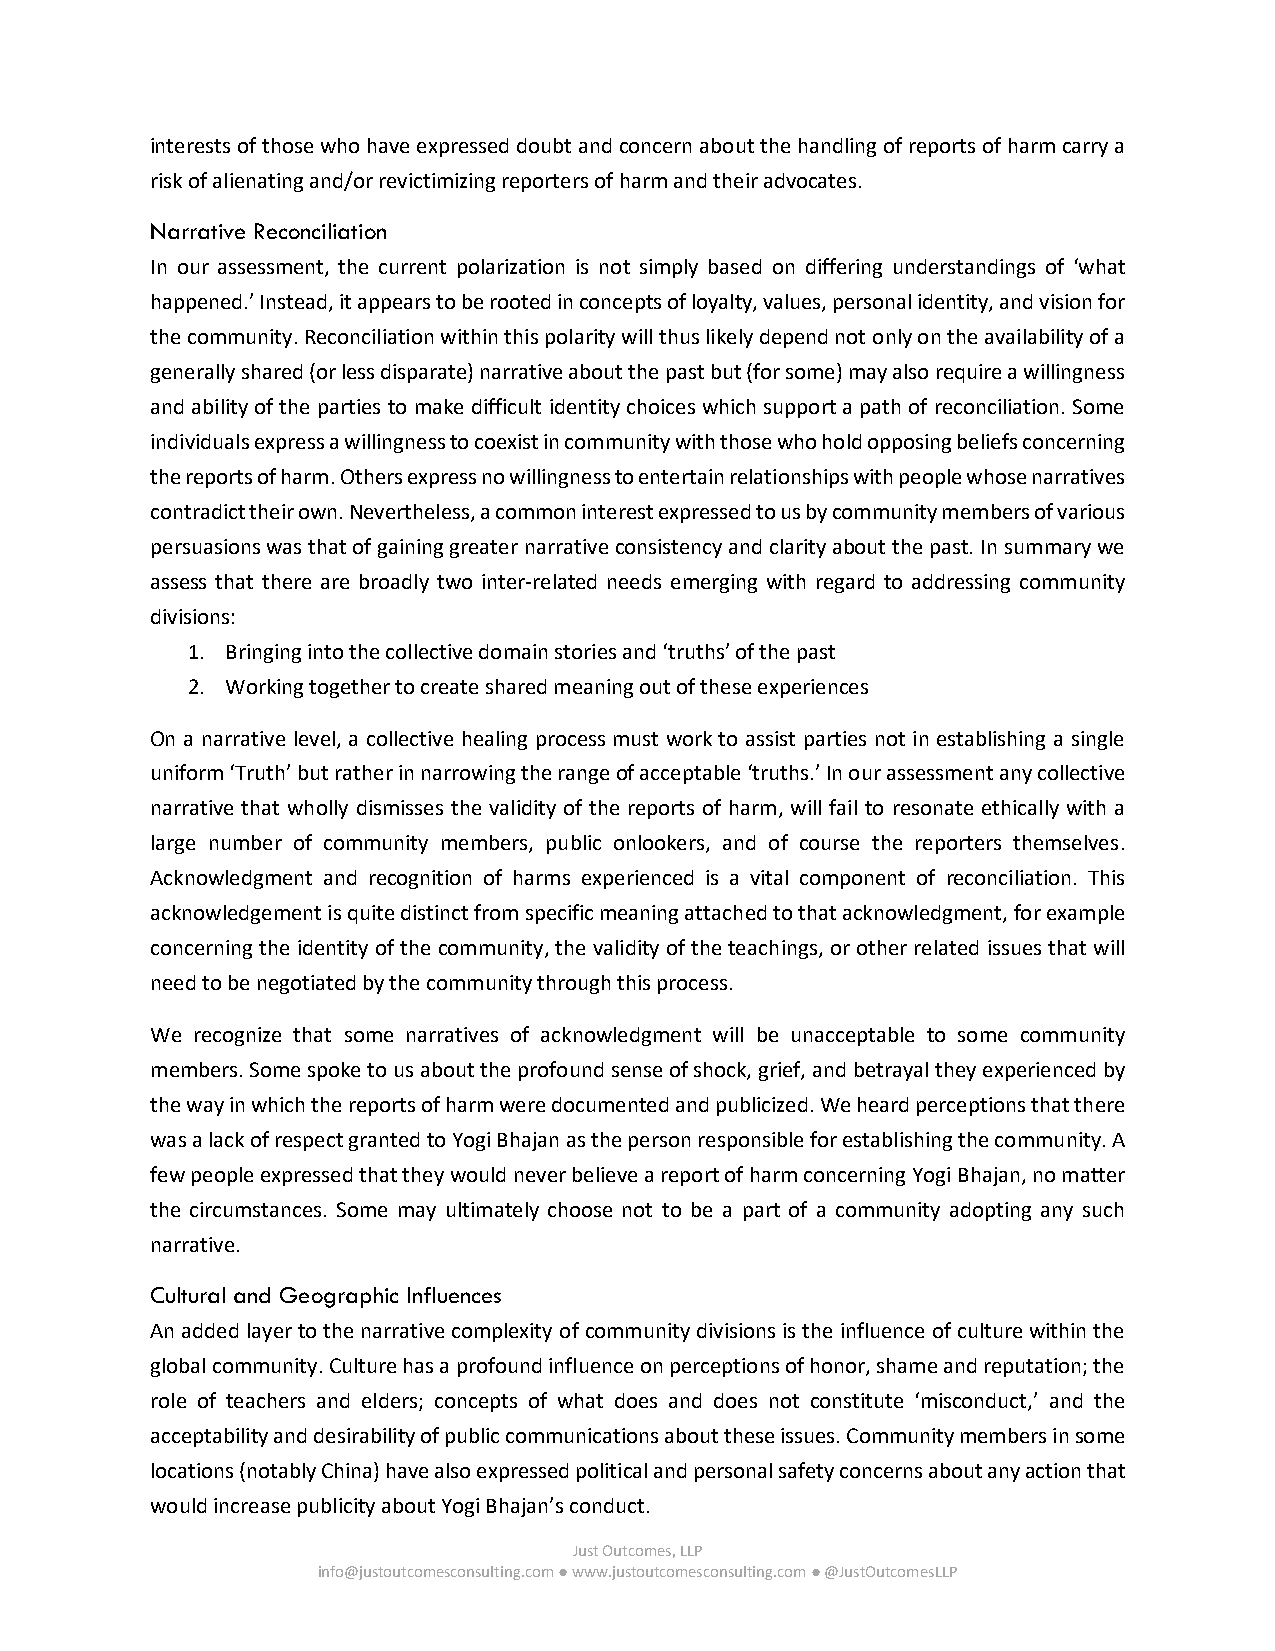
interests of those who have expressed doubt and concern about the handling of reports of harm carry a
 risk of alienating and/or revictimizing reporters of harm and their advocates.
 Narrative Reconciliation
 In our assessment, the current polarization is not simply based on differing understandings of ‘what
 happened.’ Instead, it appears to be rooted in concepts of loyalty, values, personal identity, and vision for
 the community. Reconciliation within this polarity will thus likely depend not only on the availability of a
 generally shared (or less disparate) narrative about the past but (for some) may also require a willingness
 and ability of the parties to make difficult identity choices which support a path of reconciliation. Some
 individuals express a willingness to coexist in community with those who hold opposing beliefs concerning
 the reports of harm. Others express no willingness to entertain relationships with people whose narratives
 contradict their own. Nevertheless, a common interest expressed to us by community members of various
 persuasions was that of gaining greater narrative consistency and clarity about the past. In summary we
 assess that there are broadly two inter-related needs emerging with regard to addressing community
 divisions:
 1. Bringing into the collective domain stories and ‘truths’ of the past
 2. Working together to create shared meaning out of these experiences
 On a narrative level, a collective healing process must work to assist parties not in establishing a single
 uniform ‘Truth’ but rather in narrowing the range of acceptable ‘truths.’ In our assessment any collective
 narrative that wholly dismisses the validity of the reports of harm, will fail to resonate ethically with a
 large number of community members, public onlookers, and of course the reporters themselves.
 Acknowledgment and recognition of harms experienced is a vital component of reconciliation. This
 acknowledgement is quite distinct from specific meaning attached to that acknowledgment, for example
 concerning the identity of the community, the validity of the teachings, or other related issues that will
 need to be negotiated by the community through this process.
 We recognize that some narratives of acknowledgment will be unacceptable to some community
 members. Some spoke to us about the profound sense of shock, grief, and betrayal they experienced by
 the way in which the reports of harm were documented and publicized. We heard perceptions that there
 was a lack of respect granted to Yogi Bhajan as the person responsible for establishing the community. A
 few people expressed that they would never believe a report of harm concerning Yogi Bhajan, no matter
 the circumstances. Some may ultimately choose not to be a part of a community adopting any such
 narrative.
 Cultural and Geographic Influences
 An added layer to the narrative complexity of community divisions is the influence of culture within the
 global community. Culture has a profound influence on perceptions of honor, shame and reputation; the
 role of teachers and elders; concepts of what does and does not constitute ‘misconduct,’ and the
 acceptability and desirability of public communications about these issues. Community members in some
 locations (notably China) have also expressed political and personal safety concerns about any action that
 would increase publicity about Yogi Bhajan’s conduct.
 Just Outcomes, LLP
 info@justoutcomesconsulting.com ● www.justoutcomesconsulting.com ● @JustOutcomesLLP